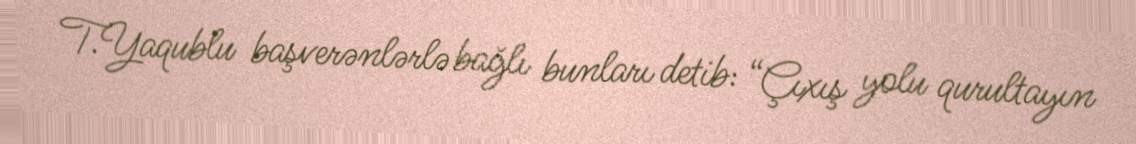
T.Yaqublu başverənlərlə bağlı bunları detib: “Çıxış yolu qurultayın